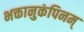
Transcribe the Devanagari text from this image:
भक्तानुकंपिनम्